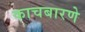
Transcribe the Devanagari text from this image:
काचबारणे